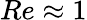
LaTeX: Re\approx 1